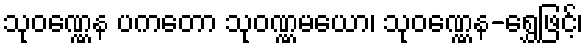
သုဝဏ္ဏေန ပကတော သုဝဏ္ဏမယော၊ သုဝဏ္ဏေန-ရွှေဖြင့်၊